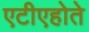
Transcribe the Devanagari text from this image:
एटीएहोते